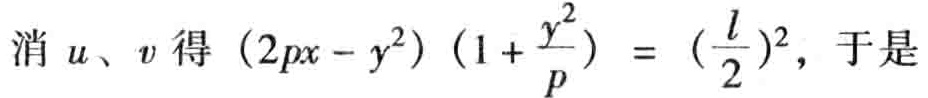
消 \(u、v\) 得 \((2px - y^{2})\left(1 + \frac{y^{2}}{p}\right) = \left(\frac{l}{2}\right)^{2}\)，于是